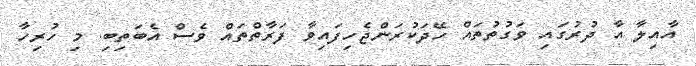
އާއިލާ އާ ދުރުގައި ވަގުތުތައް ހޭދަކުރަންޖެހިފައިވާ ފަރާތްތައް ވެސް އެބަތިބި. މި ހުރިހާ